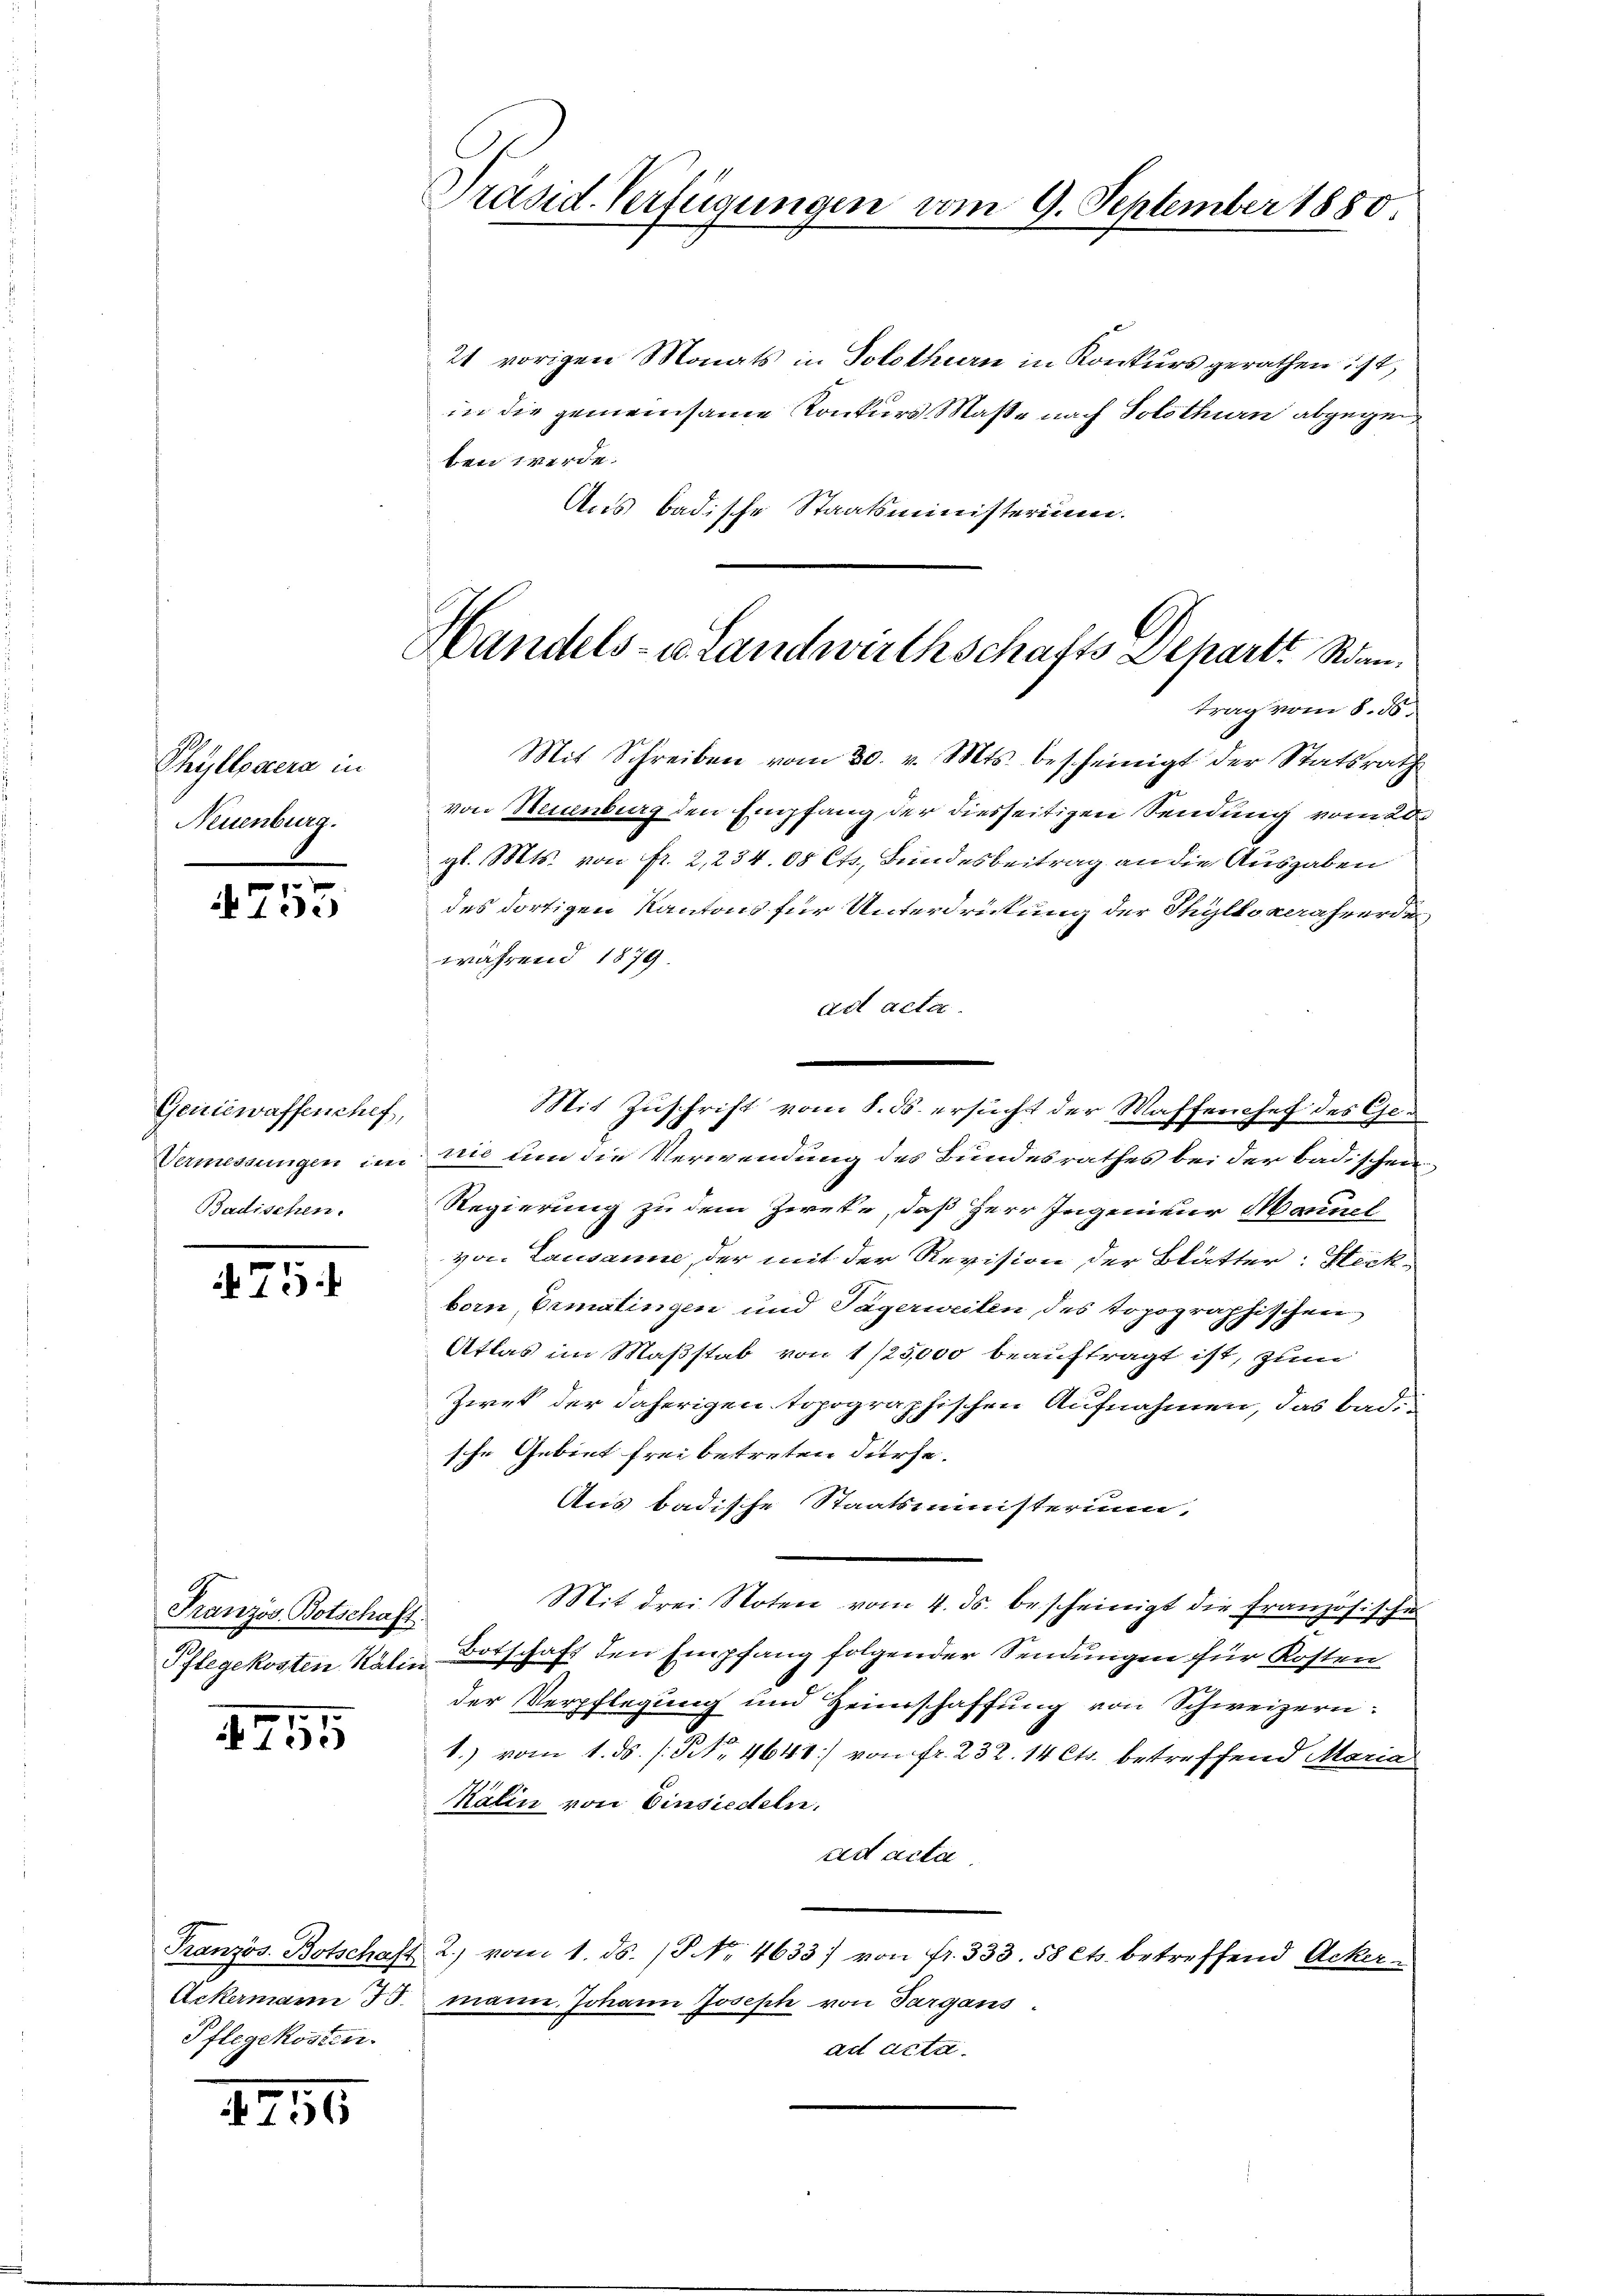
Thyllbarera in
Neuenburg.

753

Geniewaffenchef,
Vermessungen im
Badischen.

75

Französ. Botschaft.

1755

Französ. Botschaft
Ackermann J.
Pflegekosten.

1755

Präsid. Verfügungen vom 9. September 1880

Handels- u. Landwirthschafts Departe Sonn¬

24 vorigen Monats in Solothurn in Konkurs gerathen ist,
in die gemeinsame Konkurs Maße nach Solothurn abgegen
ben werde.
Aus badische Staatsministerium.
trag vom 8. d.
Mit Schreiben vom 30. v. Mts. bescheinigt der Statsrath
von Steienburg den Empfang der diesseitigen Sendung vom 20.
gl. Mts. von fr. 2,234. 08 Cts. Bundesbeitrag an die Ausgaben
des dortigen Kantons für Unterdristung der Thyltokaraherde
während 1879.
ad acta.
nie um die Verwendung des Bundesrathes bei der badischen
Regierung zu dem Zweke, daß Herr Ingenieur Manuel
von Lausanne, der mit der Revision der Blätter: Steckborn, Ermatingen und Tägerweilen des topographischen
Atlas im Maßstab von 1/25,000 beauftragt ist, zum
Zwek der daherigen topographischen Aufnahmen, das badi-
sche Gebiet frei betreten dürfe.
Aus badische Staatsministerium,
Mit drei Noten vom 4. ds. bescheinigt die Französische
Pflegekosten Kalin Botschaft den Empfang folgender Sendungen für Kosten
der Verpflegung und Heimschaffung von Schweizern:
1.) vom 1. ds. s. No. 4641) von fr. 232. 14 Cts. betreffend Maria
Kälin von Einsiedeln.
ad acta.
2.) vom 1. ds. / No 4633) von fr. 333. 58 Cts. betreffend Acker-
mann. Johann Joseph von Sargans.
ad acta.

Mit Zuschrift vom 8. ds. ersucht der Waffenchef des Ge¬